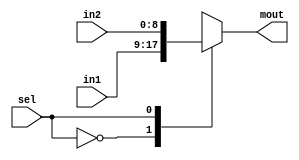
module mux2to1_9bits(input [8:0] in1, input [8:0] in2,input sel, output reg [8:0] mout);
  always@(in1, in2)
    begin
      case(sel)
        1'b0: mout=in1;
        1'b1: mout=in2;
      endcase
  end
endmodule